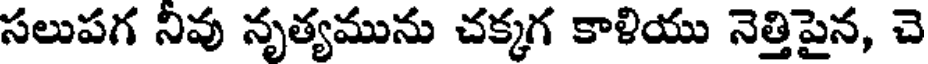
సలుపగ నివు నృత్యమును చక్కగ కాళియు నెత్తిపైన, చె